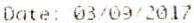
DATE: 03/09/2017